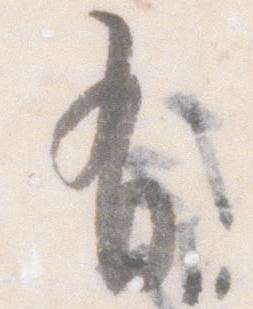
有